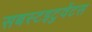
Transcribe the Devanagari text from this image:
सबस्टइटुवेंटस